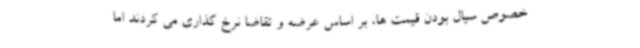
خصوص سیال بودن قیمت ها، بر اساس عرضه و تقاضا نرخ گذاری می کردند اما